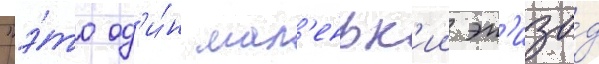
"э́то од'и́н мал'еньк'ии эп'изо́д